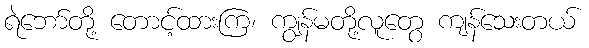
ရဲဘော်တို့ တောင့်ထားကြ၊ ကျွန်မတို့လူတွေ ကျန်သေးတယ်